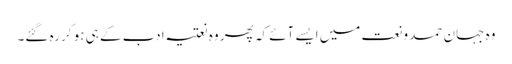
وہ جہانِ حمد و نعت میں ایسے آئے کہ پھر وہ نعتیہ ادب کے ہی ہو کر رہ گئے۔